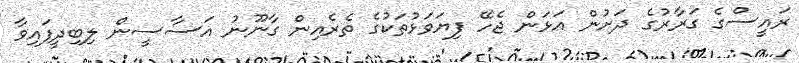
ރައީސްގެ ގަރާރުގެ ދަށުން އަޅަން ޖެހޭ ފިޔަވަޅުތަކުގެ ތެރެއިން ގާނޫނު އަސާސީން ލިބިދީފައިވާ